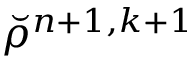
\breve { \rho } ^ { n + 1 , k + 1 }